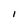
Character: l